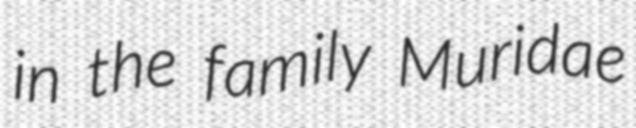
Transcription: in the family Muridae